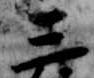
三